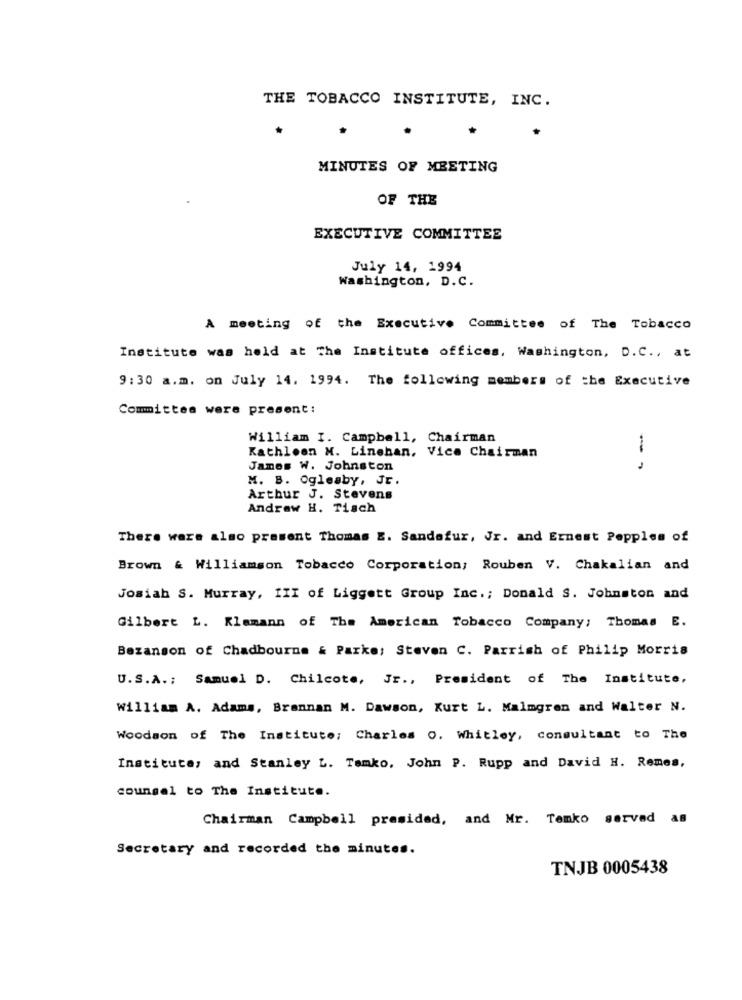
THE TOBACCO INSTITUTE, INC.
MINUTES OF MEETING
OF THE
EXECUTIVE COMMITTEE
July 14, 1994
Washington, D.C.
A meeting of the Executive Committee of The Tobacco
Institute was held at The Institute offices, Washington, D.C ., at
9:30 a.m. on July 14. 1994. The following members of the Executive
Committee were present:
William I. Campbell, Chairman
Kathleen M. Linehan, Vice Chairman
James W. Johnston
- -
M. B. Ogleaby, Jr.
Arthur J. Stevens
Andrew H. Tisch
There were also present Thomas E. Sandafur, Jr. and Ernest Pepples of
Brown & Williamson Tobacco Corporation; Rouben V. Chakalian and
Josiah S. Murray, III of Liggett Group Inc .; Donald S. Johnston and
Gilbert L. Klamann of The American Tobacco Company: Thomas E.
Bezanson of Chadbourne & Parke: Steven C. Parrish of Philip Morris
U.S.A .: Samuel D. Chilcote, Jr ., President of The Institute,
William A. Adams, Brannan M. Dawson, Kurt L. Malmgren and Walter N.
Woodson of The Institute; Charles O. Whitley, consultant to The
Institute, and Stanley L. Temko, John P. Rupp and David H. Remes,
counsel to The Institute.
Chairman Campbell presided, and Mr. Temko served as
Secretary and recorded the minutes.
TNJB 0005438